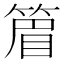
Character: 篃